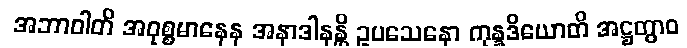
အဘာဝါတိ အဝုစ္စမာနေန အနာဒါနန္တိ ဥပသေနော ကုန္နဒိယောတိ အဋ္ဌတွာဝ